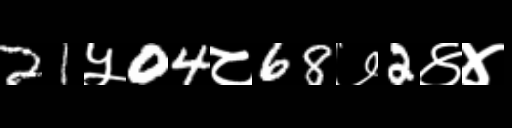
Text: 21५04८68७2४४